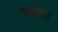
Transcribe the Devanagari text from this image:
मयदान